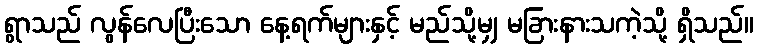
ရွာသည် လွန်လေပြီးသော နေ့ရက်များနှင့် မည်သို့မျှ မခြားနားသကဲ့သို့ ရှိသည်။